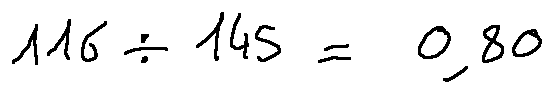
1 1 6 \div 1 4 5 = 0 . 8 0